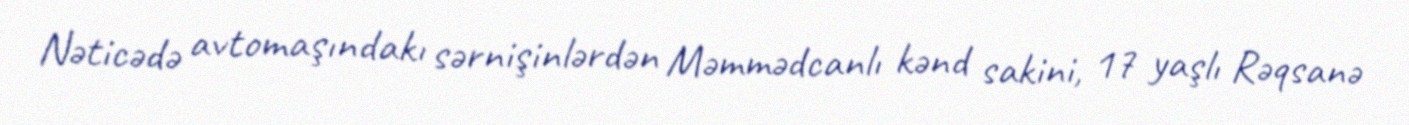
Nəticədə avtomaşındakı sərnişinlərdən Məmmədcanlı kənd sakini, 17 yaşlı Rəqsanə